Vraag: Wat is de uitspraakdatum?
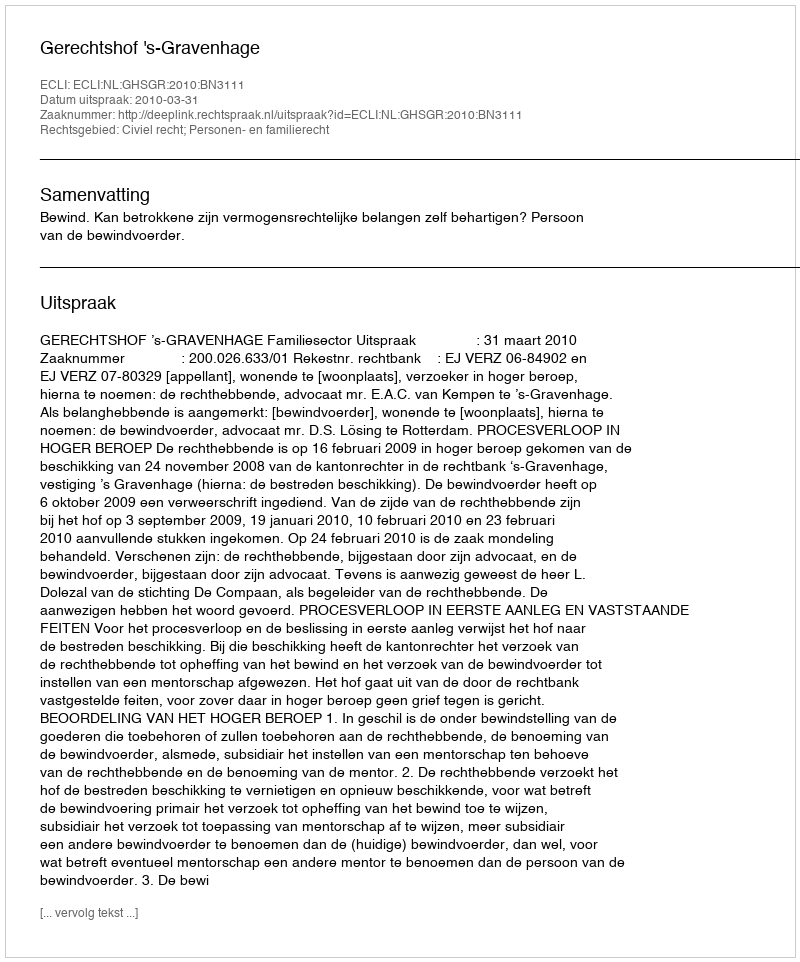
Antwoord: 2010-03-31